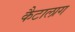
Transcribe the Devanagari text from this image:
कैटालाग